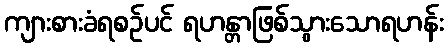
ကျားစားခံရစဉ်ပင် ရဟန္တာဖြစ်သွားသောရဟန်း